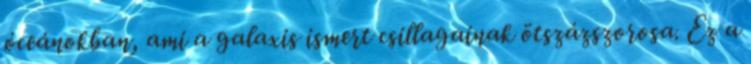
óceánokban, ami a galaxis ismert csillagainak ötszázszorosa. Ez a